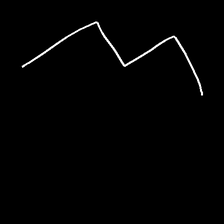
Glyph: crush